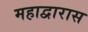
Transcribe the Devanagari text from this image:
महाद्वारास